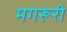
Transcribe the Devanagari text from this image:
मगरूरी